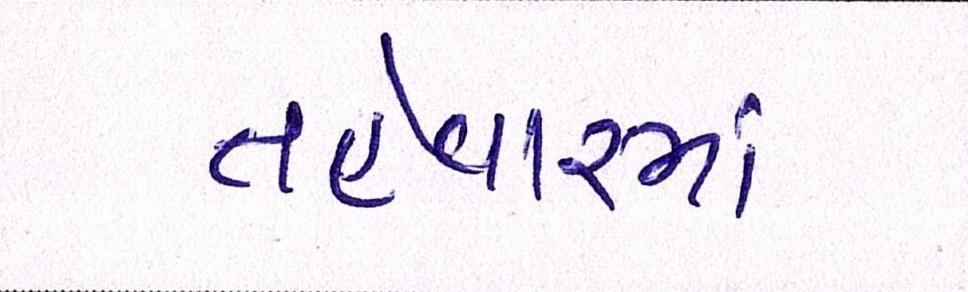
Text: તહેવારમાં